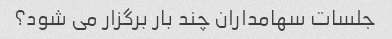
جلسات سهامداران چند بار برگزار می شود؟